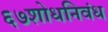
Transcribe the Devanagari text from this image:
६७शोधनिवंध